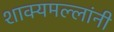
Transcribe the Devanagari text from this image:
शाक्यमल्लांनी